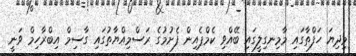
މިދިޔަ ހަފްތާގައި މާމިނގިލީގައި ބޭއްވި ކެމްޕެއިން ފެށުމުގެ ރަސްމިއްޔާތުގައި ގާސިމް އިބްރާހިމް ވަނީ